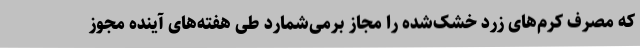
که مصرف کرم‌های زرد خشک‌شده را مجاز برمی‌شمارد طی هفته‌های آینده مجوز